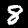
Label: 8